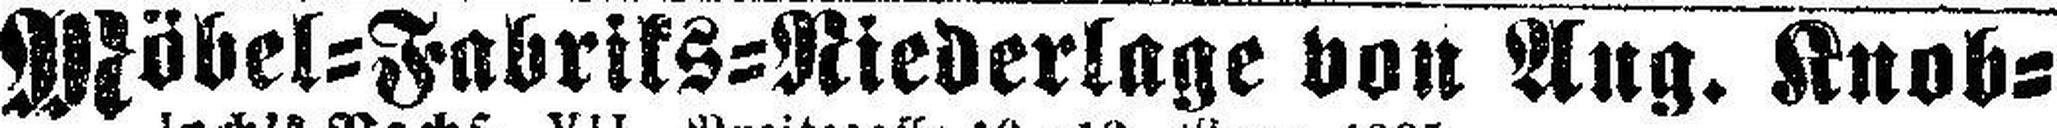
Möbel=Fabriks=Niederlage von Ang. Knob¬